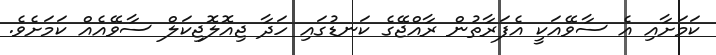
ކަމަށާއި އެ ސާވޭއަކީ އެފަރާތުން ރާއްޖޭގެ ކަނޑުގައި ހަދާ ޖިއޮލޮޖިކަލް ސާވޭއެއް ކަމަށެވެ.